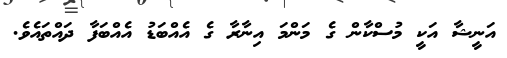
އަނީޝާ އަކީ މުސްކާން ގެ މަންމަ އިނާރާ ގެ އެއްބަޑު އެއްބަފާ ދައްތައެވެ.